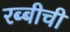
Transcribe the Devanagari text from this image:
रब्बीची